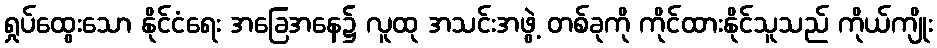
ရှုပ်ထွေးသော နိုင်ငံရေး အခြေအနေ၌ လူထု အသင်းအဖွဲ့ တစ်ခုကို ကိုင်ထားနိုင်သူသည် ကိုယ်ကျိုး